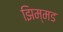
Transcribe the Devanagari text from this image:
झिम्मड